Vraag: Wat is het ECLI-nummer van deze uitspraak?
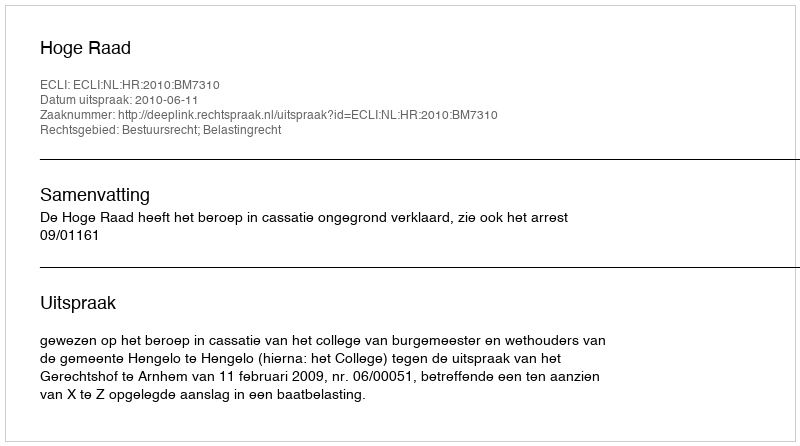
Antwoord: ECLI:NL:HR:2010:BM7310